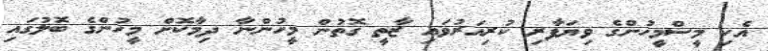
އެކި މީސްމީހުންގެ ވިޔަފާރި ކުރިއަރުވައި ޒާތީ ގޮތުން މީހުންނާ ދިމާކޮށް މީހުންގެ ބޮލުގައި